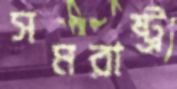
সমরাষ্ট্র